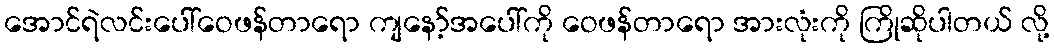
အောင်ရဲလင်းပေါ်ဝေဖန်တာရော ကျနော့်အပေါ်ကို ဝေဖန်တာရော အားလုံးကို ကြိုဆိုပါတယ် လို့